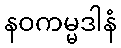
နဝကမ္မဒါနံ